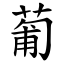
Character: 葡